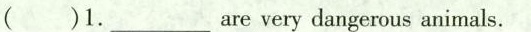
( )1.\underlineAre very dangerous animals.